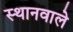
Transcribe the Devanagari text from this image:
स्थानवाले